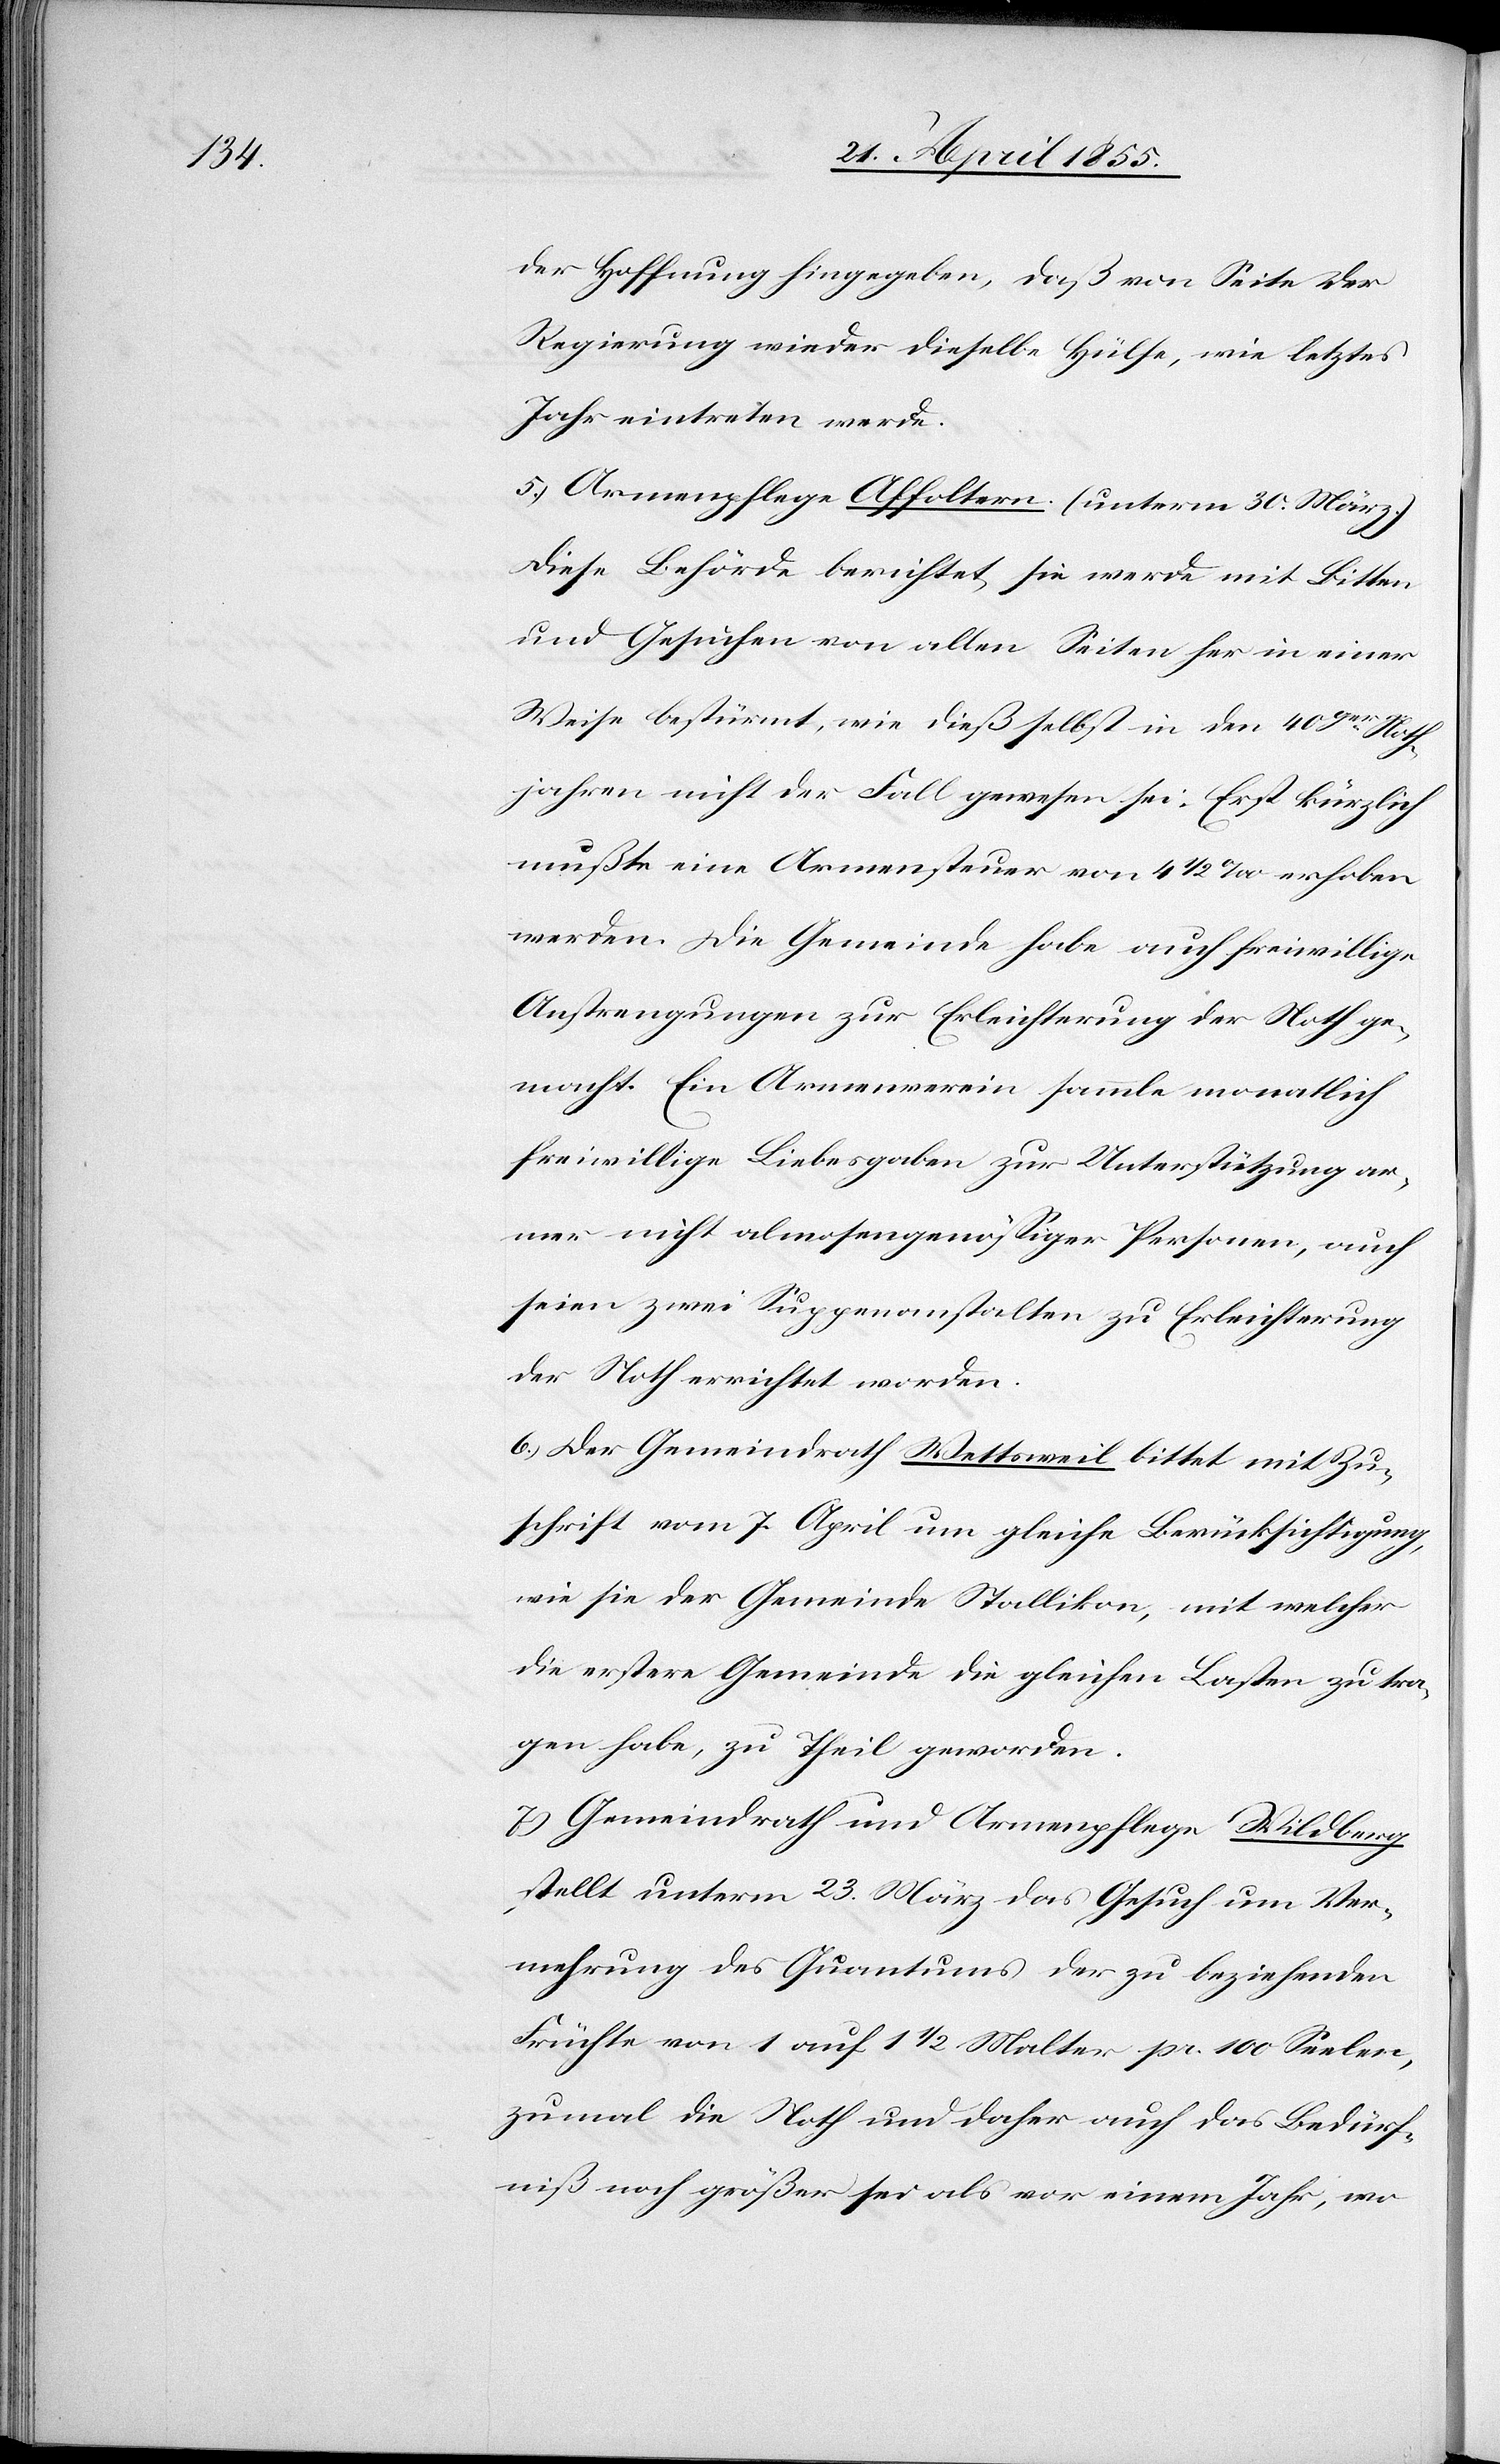
der Hoffnung hingegeben, daß von Seite der
Regierung wieder dieselbe Hülfe, wie letztes
Jahr eintreten werde.
5.) Armenpflege Affoltern. (unterm 30. März.)
Diese Behörde berichtet, sie werde mit Bitten
und Gesuchen von allen Seiten her in einer
Weise bestürmt, wie dieß selbst in den 40ger Noth¬
jahren nicht der Fall gewesen sei. Erst kürzlich
mußte eine Armensteuer von 4 1/2 ‰ erhoben
werden. Die Gemeinde habe auch freiwillige
Anstrengungen zur Erleichterung der Noth ge¬
macht. Ein Armenverein sammle monatlich
freiwillige Liebesgaben zur Unterstützung ar¬
mer nicht almosengenössiger Personen, auch
seien zwei Suppenanstalten zu Erleichterung
der Noth errichtet worden.
6.) Der Gemeindrath Wettsweil bittet mit Zu¬
schrift vom 7. April um gleiche Berücksichtigung,
wie sie der Gemeinde Stallikon, mit welcher
die erstere Gemeinde die gleichen Lasten zu tra¬
gen habe, zu Theil geworden.
7.) Gemeindrath und Armenpflege Wildberg
stellt unterm 23. März das Gesuch um Ver¬
mehrung des Quantums der zu beziehenden
Früchte von 1 auf 1 1/2 Malter pr. 100 Seelen,
zumal die Noth und daher auch das Bedürf¬
niß noch größer sei als vor einem Jahr, wo